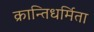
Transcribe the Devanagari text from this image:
क्रान्तिधर्मिता